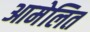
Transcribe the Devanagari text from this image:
आमेलित